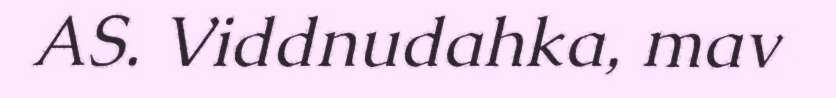
AS. Viddnudahka, mav